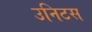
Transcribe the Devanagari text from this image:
उनिटस